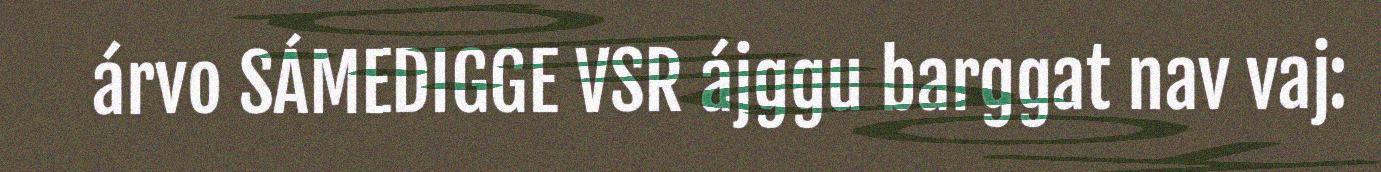
árvo SÁMEDIGGE VSR ájggu barggat nav vaj: